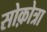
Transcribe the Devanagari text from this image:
सोक़ोत्रा